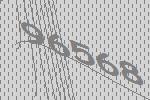
96568